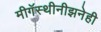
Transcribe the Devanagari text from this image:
मीगॅस्थीनीझनेही